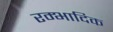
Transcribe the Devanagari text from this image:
रम्‍भादिक